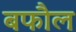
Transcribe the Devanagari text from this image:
बफौल